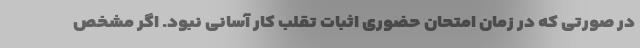
در صورتی که در زمان امتحان حضوری اثبات تقلب کار آسانی نبود. اگر مشخص